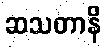
ဆသတာနိ